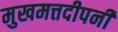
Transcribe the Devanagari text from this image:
मुखमत्तदीपनी